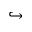
\hookrightarrow